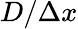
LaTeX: D/\Delta x